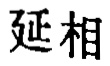
延相